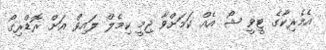
އެމެރިކާގެ ޓީވީ ޝޯ އެއް ކަމަށްވާ ޖިމީ ކިމެލް ލައިވް އަށް ރޮޑްރިގޯ